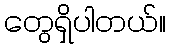
တွေရှိပါတယ်။